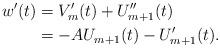
LaTeX: \begin{align*}w'(t)&=V_m'(t)+U_{m+1}''(t)\\&=-AU_{m+1}(t)-U_{m+1}'(t).\end{align*}